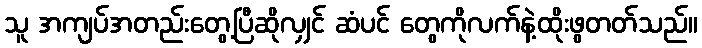
သူ အကျပ်အတည်းတွေ့ပြီဆိုလျှင် ဆံပင် တွေကိုလက်နဲ့ထိုးဖွတတ်သည်။